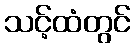
သင့်ထံတွင်